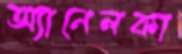
অ্যানেলকা